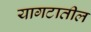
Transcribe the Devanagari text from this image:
यागटातील